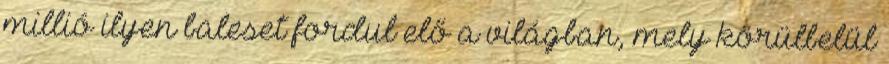
millió ilyen baleset fordul elő a világban, mely körülbelül